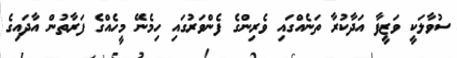
ސުވާލަކީ ވަޒީފާ އަދާކުރާ ތަނެއްގައި ވެރިންގެ ފެންވަރުގައި ހިމެނޭ މީހެއްގެ ފަރާތުން އާދައިގެ